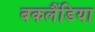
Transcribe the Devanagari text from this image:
बकलैंडिया